Reports on military cantonments and civil stations in the Presidency of Bombay inspected by the Sanitary Commissioner in the years 1875 and 1876
Year: 1875
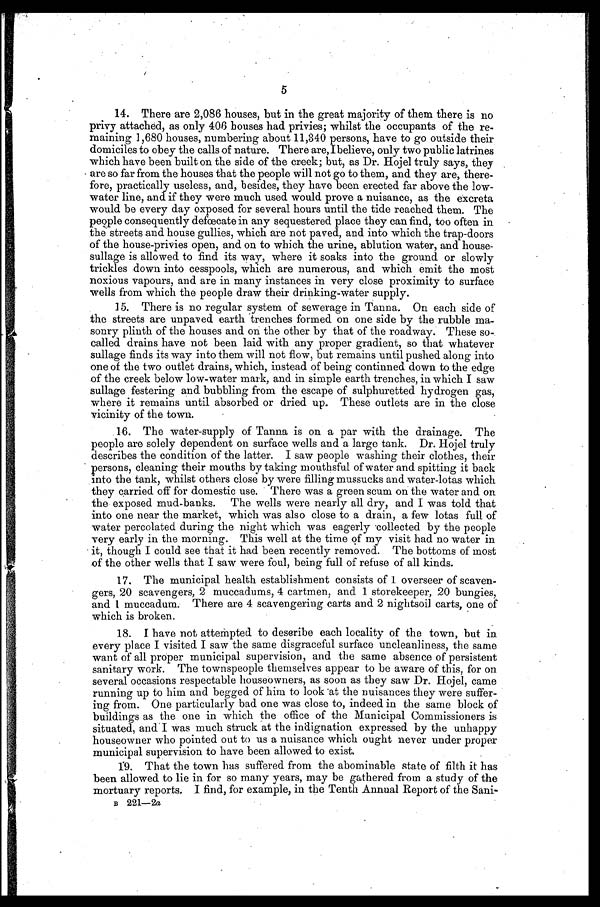
5
14. There are 2,086 houses, but in the great majority of them there is no
privy attached, as only 406 houses had privies; whilst the occupants of the re
maining 1,680 houses, numbering about 11,340 persons, have to go outside their
domiciles to obey the calls of nature. There are, I believe, only two public latrines
which have been built on the side of the creek; but, as Dr. Hojel truly says, they
are so far from the houses that the people will not go to them, and they are, there-
fore, practically useless, and, besides, they have been erected far above the low-
water line, and if they were much used would prove a nuisance, as the excreta
would be every day exposed for several hours until the tide reached them. The
people consequently defœcate in any sequestered place they can find, too often in
the streets and house gullies, which are not paved, and into which the trap-doors
of the house-privies open, and on to which the urine, ablution water, and house-
sullage is allowed to find its way, where it soaks into the ground or slowly
trickles down into cesspools, which are numerous, and which emit the most
noxious vapours, and are in many instances in very close proximity to surface
wells from which the people draw their drinking-water supply.
15. There is no regular system of sewerage in Tanna. On each side of
the streets are unpaved earth trenches formed on one side by the rubble ma-
sonry plinth of the houses and on the other by that of the roadway. These so-
called drains have not been laid with any proper gradient, so that whatever
sullage finds its way into them will not flow, but remains until pushed along into
one of the two outlet drains, which, instead of being continned down to the edge
of the creek below low-water mark, and in simple earth trenches, in which I saw
sullage festering and bubbling from the escape of sulphuretted hydrogen gas,
where it remains until absorbed or dried up. These outlets are in the close
vicinity of the town.
16. The water-supply of Tanna is on a par with the drainage. The
people are solely dependent on surface wells and a large tank. Dr. Hojel truly
describes the condition of the latter. I saw people washing their clothes, their
persons, cleaning their mouths by taking mouthsful of water and spitting it back
into the tank, whilst others close by were filling mussucks and water-lotas which
they carried off for domestic use. There was a green scum on the water and on
the exposed mud-banks. The wells were nearly all dry, and I was told that
into one near the market, which was also close to a drain, a few lotas full of
water percolated during the night which was eagerly collected by the people
very early in the morning. This well at the time of my visit had no water in
it, though I could see that it had been recently removed. The bottoms of most
of the other wells that I saw were foul, being full of refuse of all kinds.
17. The municipal health establishment consists of 1 overseer of scaven-
gers, 20 scavengers, 2 muccadums, 4 cartmen, and 1 storekeeper, 20 bungies,
and 1 muccadum. There are 4 scavengering carts and 2 nightsoil carts, one of
which is broken.
18. I have not attempted to describe each locality of the town, but in
every place I visited I saw the same disgraceful surface uncleanliness, the same
want of all proper municipal supervision, and the same absence of persistent
sanitary work. The townspeople themselves appear to be aware of this, for on
several occasions respectable houseowner, as soon as they saw Dr. Hojel, came
running up to him and begged of him to look at the nuisances they were suffer-
ing from. One particularly bad one was close to, indeed in the same block of
buildings as the one in which the office of the Municipal Commissioners is
situated, and I was much struck at the indignation expressed by the unhappy
houseowner who pointed out to us a nuisance which ought never under proper
municipal supervision to have been allowed to exist.
19. That the town has suffered from the abominable state of filth it has
been allowed to lie in for so many years, may be gathered from a study of the
mortuary reports, I find, for example, in the Tenth Annual Report of the Sani-
B 221—2a